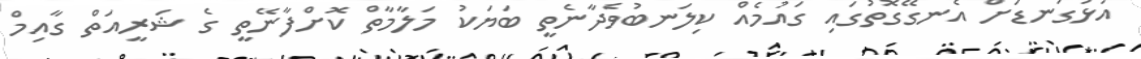
އަޅުގަނޑަށް އެނގޭގޮތުގައި ގައުމެއް ކިލަނބުވެދާނެތީ ބަޔަކު މަލާމާތް ކޮށްފާނޭތީ ގެ ޝަރީއަތް ގާއިމް